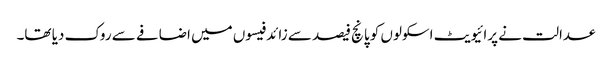
عدالت نے پرائیویٹ اسکولوں کو پانچ فیصد سے زائد فیسوں میں اضافے سے روک دیا تھا۔